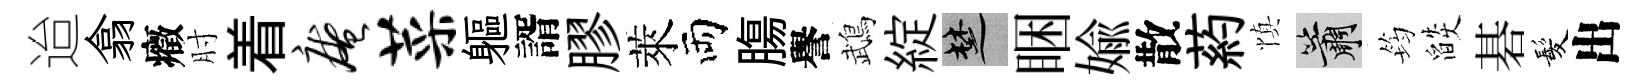
迨翕癥肘着庵菜軀諝膠萊両膓譽鵡綻楚睏媮散葯慎簫筠燄碁髪出